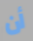
أن